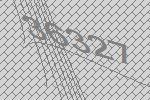
36327